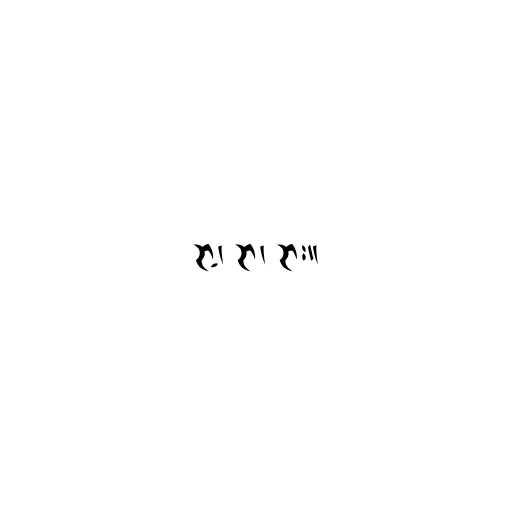
ဉာ့၊ ဉာ၊ ဉား။